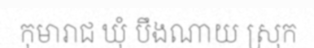
កុមារាជ ឃុំ បឹងណាយ ស្រុក